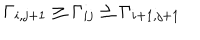
\Gamma _ { i , j + 1 } \geq \Gamma _ { i j } \geq \Gamma _ { i + 1 , j + 1 }